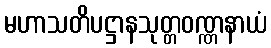
မဟာသတိပဋ္ဌာနသုတ္တဝဏ္ဏနာယံ